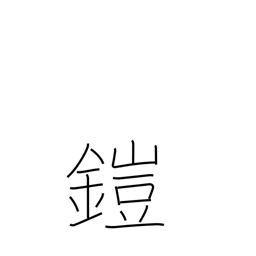
Meaning: put on armor